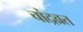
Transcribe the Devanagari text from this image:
चांद्रव्रत